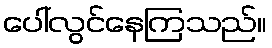
ပေါ်လွင်နေကြသည်။